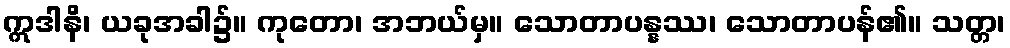
ဣဒါနိ၊ ယခုအခါ၌။ ကုတော၊ အဘယ်မှ။ သောတာပန္နဿ၊ သောတာပန်၏။ သတ္တ၊